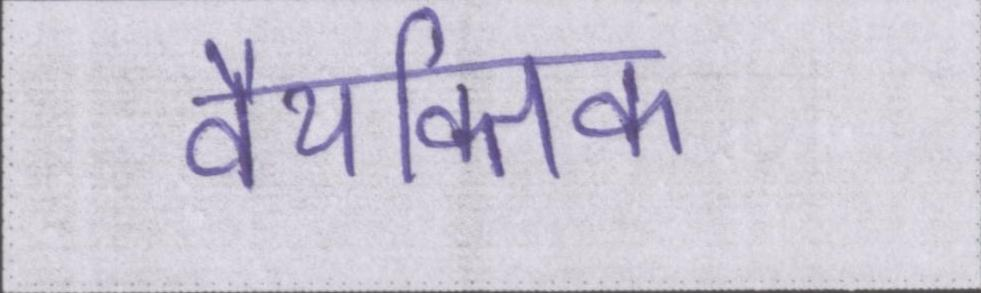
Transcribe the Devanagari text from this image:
वैयक्तिक